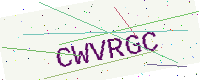
Text: CWVRGC